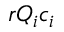
r Q _ { i } c _ { i }